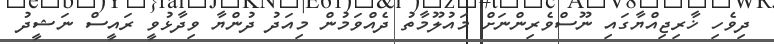
ދިވެހި ޚާރިޖިއްޔާގައި ނޫސްވެރިންނަށް މައުލޫމާތު ދެއްވަމުން މިއަދު ދުންޔާ ވިދާޅުވީ ރައީސް ނަޝީދު